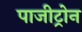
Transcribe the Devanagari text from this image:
पाजीट्रोन